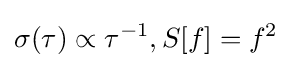
\sigma (\tau )\propto \tau ^{-1},S[f]=f^{2}